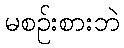
မစဉ်းစားဘဲ